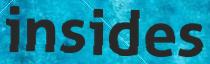
insides